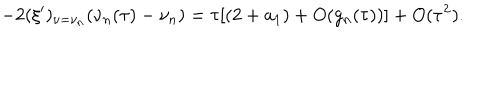
- 2 ( \xi ^ { \prime } ) _ { \nu = \nu _ { n } } ( \nu _ { n } ( \tau ) - \nu _ { n } ) = \tau [ ( 2 + a _ { 1 } ) + O ( g _ { n } ( \tau ) ) ] + O ( \tau ^ { 2 } ) .